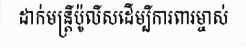
ដាក់មន្ត្រីប៉ូលីសដើម្បីការពារម្ចាស់